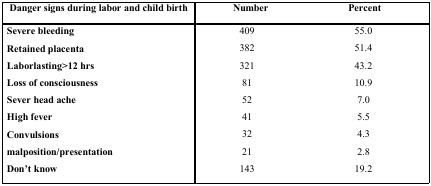
<table><thead><tr><td><b>Danger signs during labor and child birth</b></td><td><b>Number</b></td><td><b>Percent</b></td></tr></thead><tbody><tr><td><b>Severe bleeding</b></td><td>409</td><td>55.0</td></tr><tr><td><b>Retained placenta</b></td><td>382</td><td>51.4</td></tr><tr><td><b>Laborlasting&gt;12 hrs</b></td><td>321</td><td>43.2</td></tr><tr><td><b>Loss of consciousness</b></td><td>81</td><td>10.9</td></tr><tr><td><b>Sever head ache</b></td><td>52</td><td>7.0</td></tr><tr><td><b>High fever</b></td><td>41</td><td>5.5</td></tr><tr><td><b>Convulsions</b></td><td>32</td><td>4.3</td></tr><tr><td><b>malposition/presentation</b></td><td>21</td><td>2.8</td></tr><tr><td><b>Don&#x27;t know</b></td><td>143</td><td>19.2</td></tr></tbody></table>